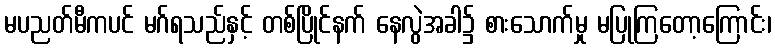
မပညတ်မီကပင် မဂ်ရသည်နှင့် တစ်ပြိုင်နက် နေလွဲအခါ၌ စားသောက်မှု မပြုကြတော့ကြောင်း၊